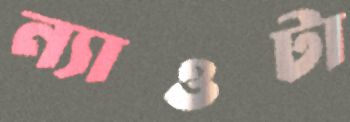
ন্যাওটা